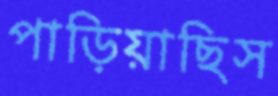
পাড়িয়াছিস